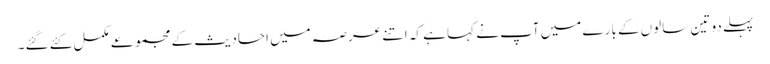
پہلے دو تین سالوں کے بارے میں آپ نے کہا ہے کہ اتنے عرصہ میں احادیث کے مجموعے مکمل کئے گئے۔